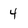
Character: 4